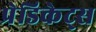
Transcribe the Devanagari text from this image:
प्रेडिकेट्स